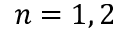
n = 1 , 2